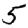
Digit: 5